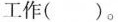
工作（）。